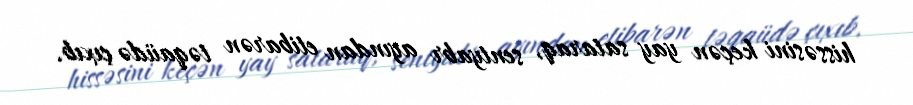
hissəsini keçən yay sataraq, sentyabr ayından etibarən təqaüdə çıxıb.